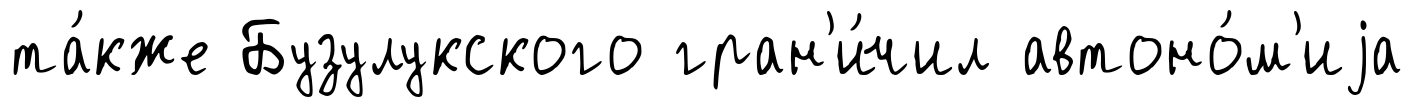
та́кже Бузулукского гран'и́чил автоно́м'иjа